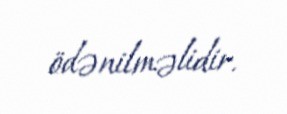
ödənilməlidir.